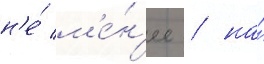
н'е́ м'е́н'ее / на́